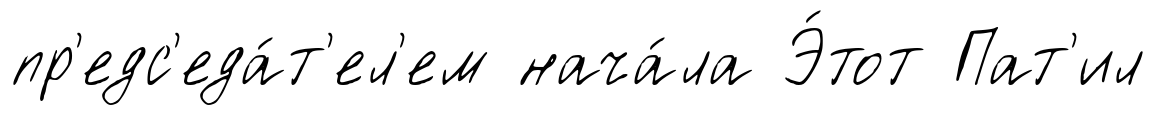
пр'едс'еда́т'ел'ем нача́ла Э́тот Пат'ил